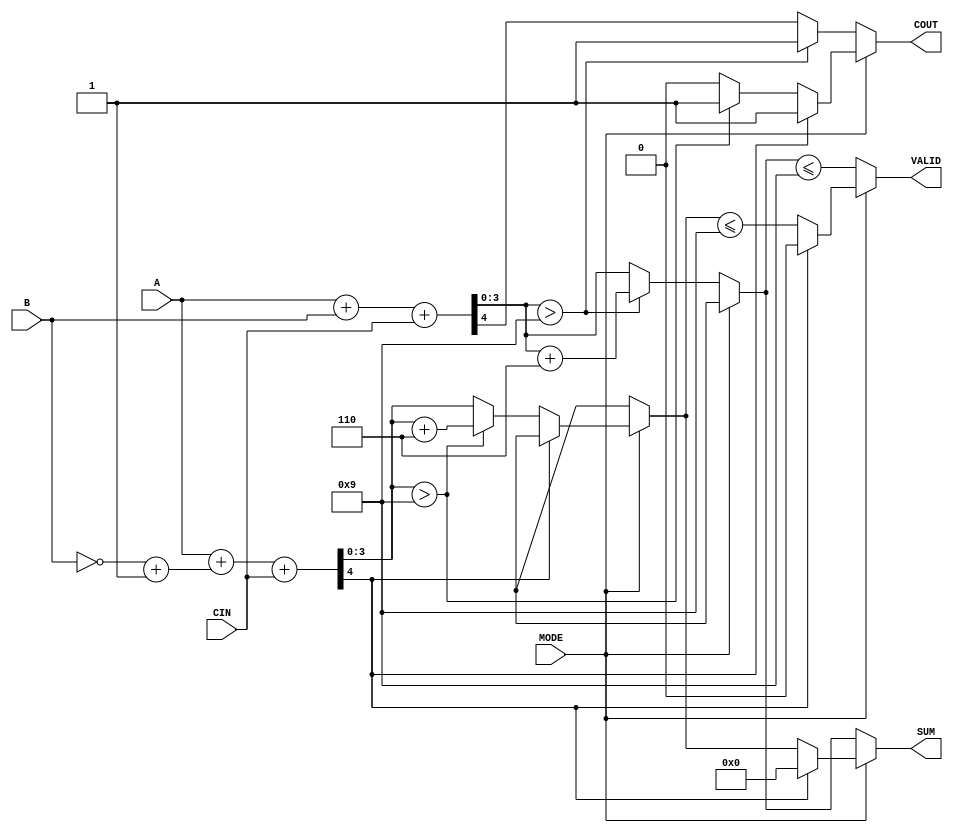
module BCD_Add_Subtracter(
    input  wire [3:0] A,       // First BCD operand
    input  wire [3:0] B,       // Second BCD operand
    input  wire MODE,          // Operation mode: 0 for addition, 1 for subtraction
    input  wire CIN,           // Carry in for addition
    output reg [3:0] SUM,      // BCD result
    output reg COUT,           // Carry out
    output reg VALID           // BCD validity flag
);

    wire [4:0] sum;            // 5 bits for carry out and sum (max 9+9+1=19)
    wire [4:0] b_comp;         // Two's complement of B

    // Two's complement for subtraction
    assign b_comp = ~B + 1'b1;

    // Perform addition or subtraction based on MODE
    always @(*) begin
        if (MODE == 0) begin
            // ADDITION
            sum = A + B + CIN;
            COUT = sum[4]; // Check for carry-out
            // Check for invalid BCD and apply correction
            if (sum[3:0] > 4'b1001) begin
                SUM = sum[3:0] + 4'b0110; // Add 6 for correction
                COUT = 1;  // Indicate carry due to BCD correction
            end else begin
                SUM = sum[3:0];
            end
            VALID = (SUM <= 4'b1001); // Check validity
        end else begin
            // SUBTRACTION
            sum = A + b_comp + CIN;
            COUT = sum[4]; // Check for carry-out

            // Check for negative result (MSB is 1) and correct
            if (sum[4] == 1) begin
                SUM = 4'b0000; // Result is negative (invalid), set to zero
                VALID = 0;
            end else begin
                if (sum[3:0] > 4'b1001) begin
                    SUM = sum[3:0] + 4'b0110; // BCD correction
                    COUT = 1; // Indicate carry due to correction
                end else begin
                    SUM = sum[3:0];
                end
                VALID = (SUM <= 4'b1001); // Check validity
            end
        end
    end
endmodule